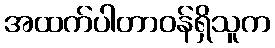
အထက်ပါတာဝန်ရှိသူက